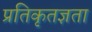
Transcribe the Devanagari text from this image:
प्रतिकृतज्ञता